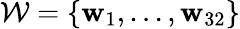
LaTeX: \mathcal{W}=\{ \mathbf{w}_{1},\dots,\mathbf{w}_{32}\}